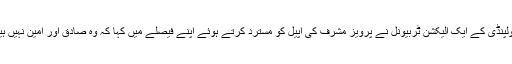
راولپنڈی کے ایک الیکشن ٹربیونل نے پرویز مشرف کی اپیل کو مسترد کرتے ہوئے اپنے فیصلے میں کہا کہ وہ صادق اور امین نہیں ہیں۔